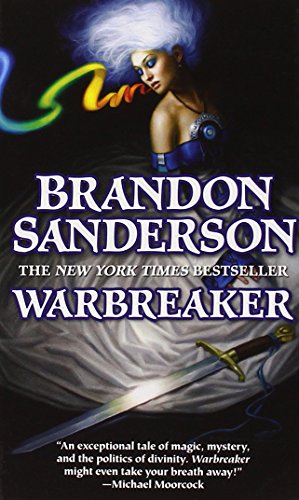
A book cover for Warbreaker; Brandon Sanderson; Science Fiction & Fantasy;